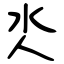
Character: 氼